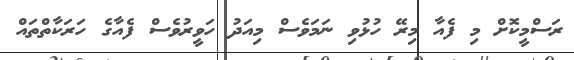
ރަސްމީކޮށް މި ފެއާ މިރޭ ހުޅުވި ނަމަވެސް މިއަދު ހަވީރުވެސް ފެއާގެ ހަރަކާތްތައް